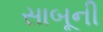
સાબૂની